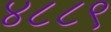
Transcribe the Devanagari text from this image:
४८८९